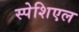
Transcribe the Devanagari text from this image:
स्पेशिएल